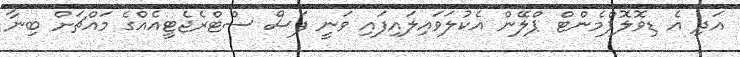
އަދި އެ ޑިވޮލޮޕްމެންޓް ޕްލޭން އެކުލަވައިލައިފައި ވަނީ ފަސް ސްޓްރެޖެޓީއެއްގެ މައްޗަށް ބިނާ